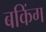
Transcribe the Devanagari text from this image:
बकिंग